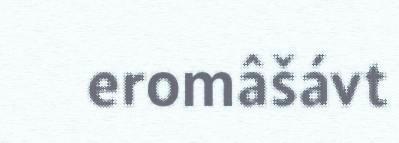
eromâšávt